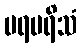
ပရပရိသံ